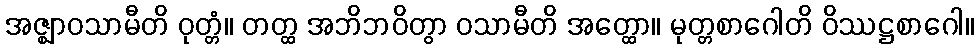
အဇ္ဈာဝသာမီတိ ဝုတ္တံ။ တတ္ထ အဘိဘဝိတွာ ဝသာမီတိ အတ္ထော။ မုတ္တစာဂေါတိ ဝိဿဋ္ဌစာဂေါ။